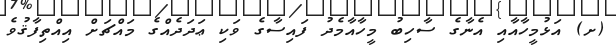
(ށ) އަޅުމީހާއާއި އެނާގެ ސާހިބު މީހާއާމެދު ފައިސާގެ ވަކި ޢަދަދެއްގެ މައްޗަށް އިއްތިފާޤުވެ